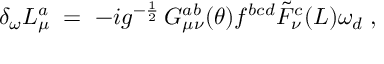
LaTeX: \delta _ { \omega } L _ { \mu } ^ { a } \; = \; - i g ^ { - \frac { 1 } { 2 } } \, G _ { \mu \nu } ^ { a b } ( \theta ) f ^ { b c d } { \tilde { F } } _ { \nu } ^ { c } ( L ) \omega _ { d } \; ,